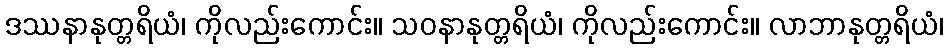
ဒဿနာနုတ္တရိယံ၊ ကိုလည်းကောင်း။ သဝနာနုတ္တရိယံ၊ ကိုလည်းကောင်း။ လာဘာနုတ္တရိယံ၊